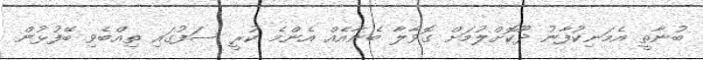
ބުނާތީ އެމަނިކުފާނު ދޫކޮށްލުމަށް ގޮވާލާ ބެނާއެއް އެންމެ ކުރީ ސަފުގައި ތިއްބެވި ބޭފުޅުން